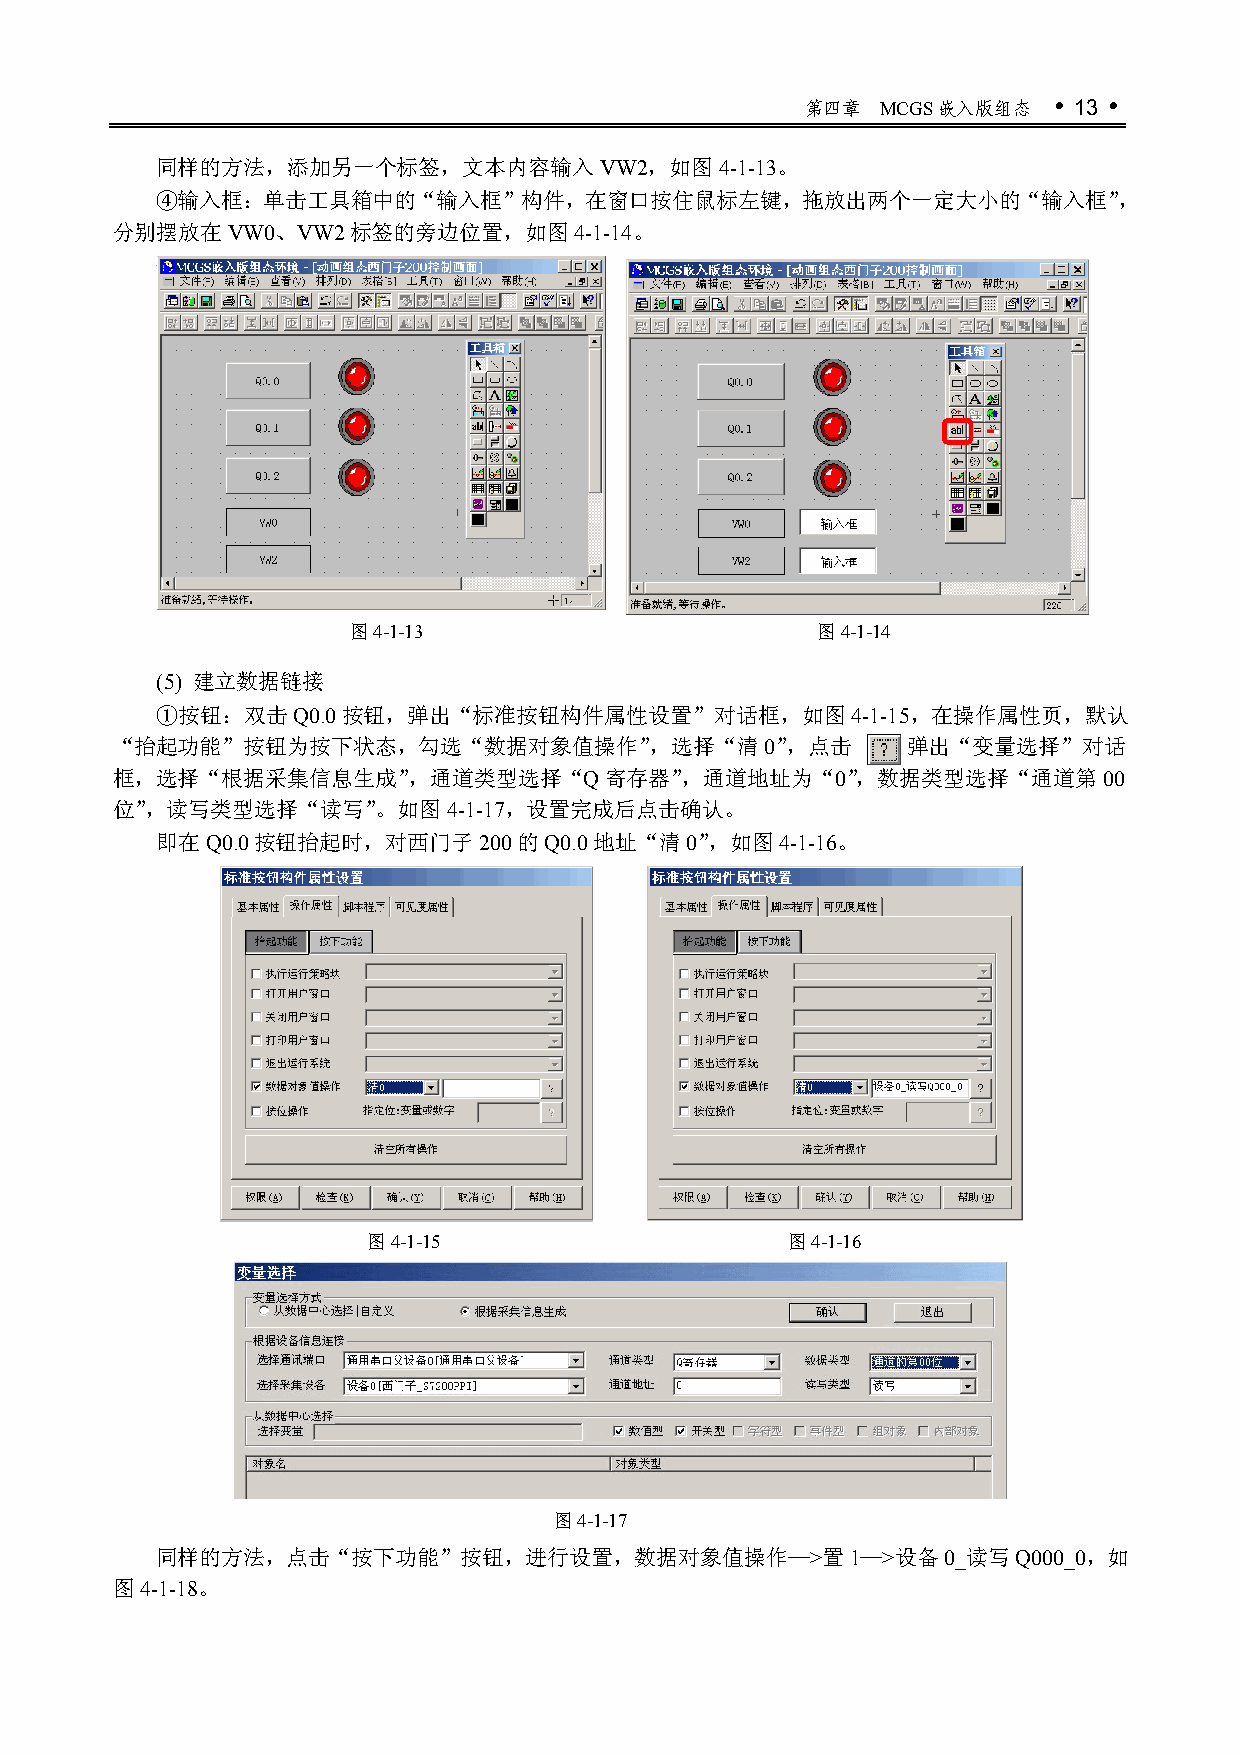
第四章  MCGS嵌入版组态   13 
 同样的方法，添加另一个标签，文本内容输入VW2，如图4-1-13。
 ④输入框：单击工具箱中的“输入框”构件，在窗口按住鼠标左键，拖放出两个一定大小的“输入框”，
 分别摆放在VW0、VW2标签的旁边位置，如图4-1-14。
 图4-1-13                        图4-1-14
 (5) 建立数据链接
 ①按钮：双击Q0.0按钮，弹出“标准按钮构件属性设置”对话框，如图4-1-15，在操作属性页，默认
 “抬起功能”按钮为按下状态，勾选“数据对象值操作”，选择“清0”，点击                  弹出“变量选择”对话
 框，选择“根据采集信息生成”，通道类型选择“Q寄存器”，通道地址为“0”，数据类型选择“通道第00
 位”，读写类型选择“读写”。如图4-1-17，设置完成后点击确认。
 即在Q0.0按钮抬起时，对西门子200的Q0.0地址“清0”，如图4-1-16。
 图4-1-15                     图4-1-16
 图4-1-17
 同样的方法，点击“按下功能”按钮，进行设置，数据对象值操作—>置1—>设备0_读写Q000_0，如
 图4-1-18。